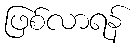
ဖြစ်လာရန်